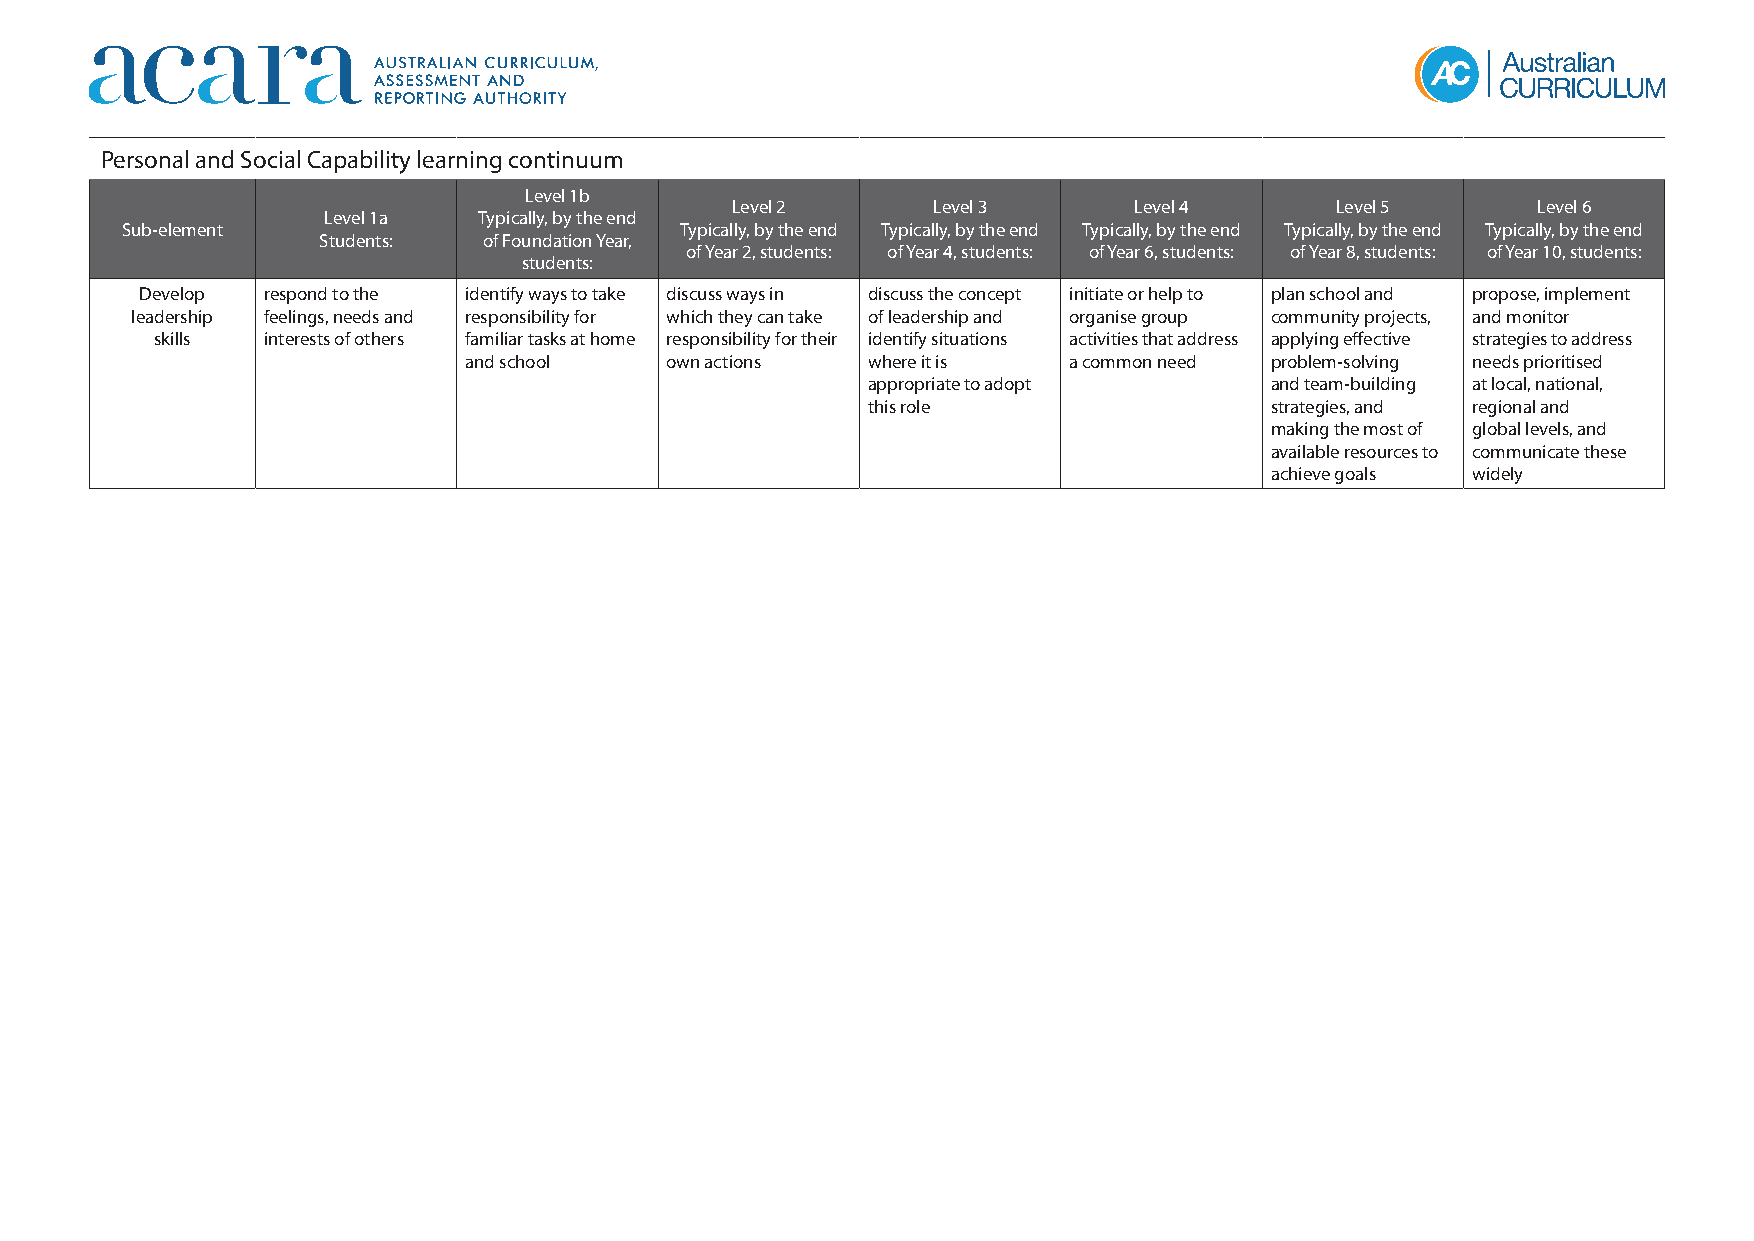
Personal and Social Capability learning continuum
 Level 1b
 Level 2       Level 3      Level 4      Level 5       Level 6
 Level 1a   Typically, by the end
 Sub-element                          Typically, by the end Typically, by the end Typically, by the end Typically, by the end Typically, by the end
 Students:  of Foundation Year,
 of Year 2, students: of Year 4, students: of Year 6, students: of Year 8, students: of Year 10, students:
 students:
 Develop respond to the identify ways to take discuss ways in discuss the concept initiate or help to plan school and propose, implement
 leadership feelings, needs and responsibility for which they can take of leadership and organise group community projects, and monitor
 skills interests of others familiar tasks at home responsibility for their identify situations activities that address applying effective strategies to address
 and school   own actions  where it is   a common need problem-solving needs prioritised
 appropriate to adopt       and team-building at local, national,
 this role                  strategies, and regional and
 making the most of global levels, and
 available resources to communicate these
 achieve goals widely